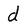
Character: d